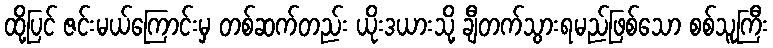
ထို့ပြင် ဇင်းမယ်ကြောင်းမှ တစ်ဆက်တည်း ယိုးဒယားသို့ ချီတက်သွားရမည်ဖြစ်သော စစ်သူကြီး